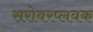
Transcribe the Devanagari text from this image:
सरोवरप्लवक